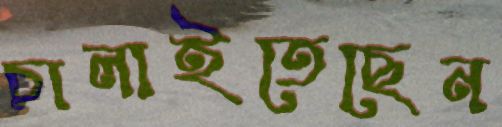
চালাইতেছেন